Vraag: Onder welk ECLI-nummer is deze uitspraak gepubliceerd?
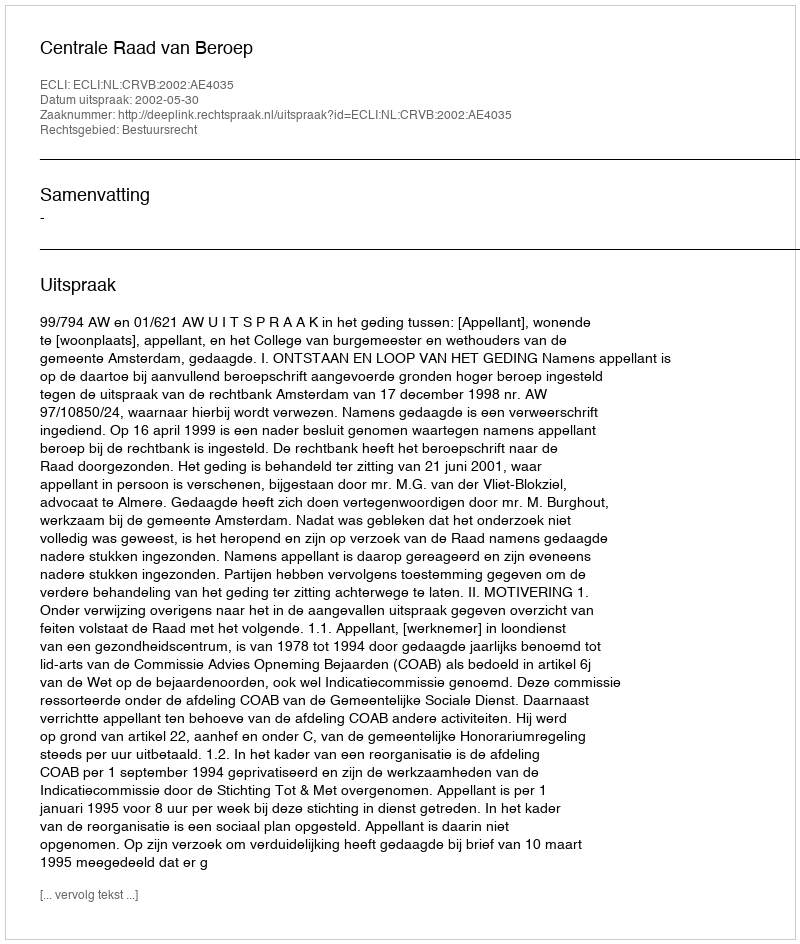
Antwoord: ECLI:NL:CRVB:2002:AE4035